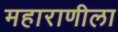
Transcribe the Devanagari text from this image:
महाराणीला